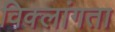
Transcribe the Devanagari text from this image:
विक्लांगता